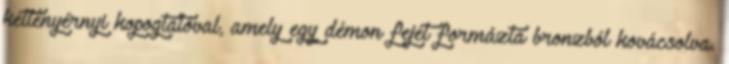
kéttenyérnyi kopogtatóval, amely egy démon fejét formázta bronzból kovácsolva.